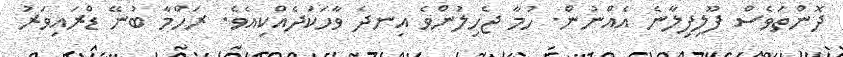
ދޮންތަވެސް ފޫލިފިލާނެ އެއްނުން. ހުމާ ޖެހިލުންވެ އިނދެ ވާހަކަދެއްކިއެވެ. ރަހްމާ ބުނޭ ޑްރައިވަރު